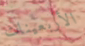
الأربعينات